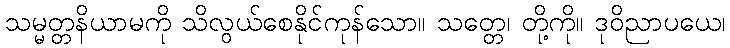
သမ္မတ္တနိယာမကို သိလွယ်စေနိုင်ကုန်သော။ သတ္တေ၊ တို့ကို။ ဒုဝိညာပယေ၊